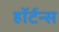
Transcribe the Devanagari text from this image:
हॉर्टन्स